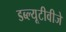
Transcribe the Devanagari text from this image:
डब्ल्यूटीवीजे